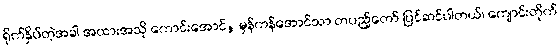
ရိုက်နှိပ်တဲ့အခါ အထားအသို ကောင်းအောင်, မှန်ကန်အောင်သာ တပည့်တော် ပြင်ဆင်ပါတယ်၊ ကျောင်းတိုက်